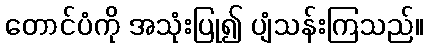
တောင်ပံကို အသုံးပြု၍ ပျံသန်းကြသည်။